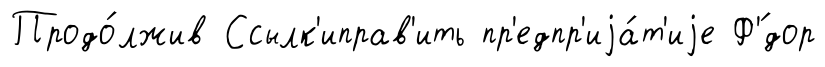
Продо́лжив Ссылк'иправ'ить пр'едпр'иjа́т'иjе Ф'́дор